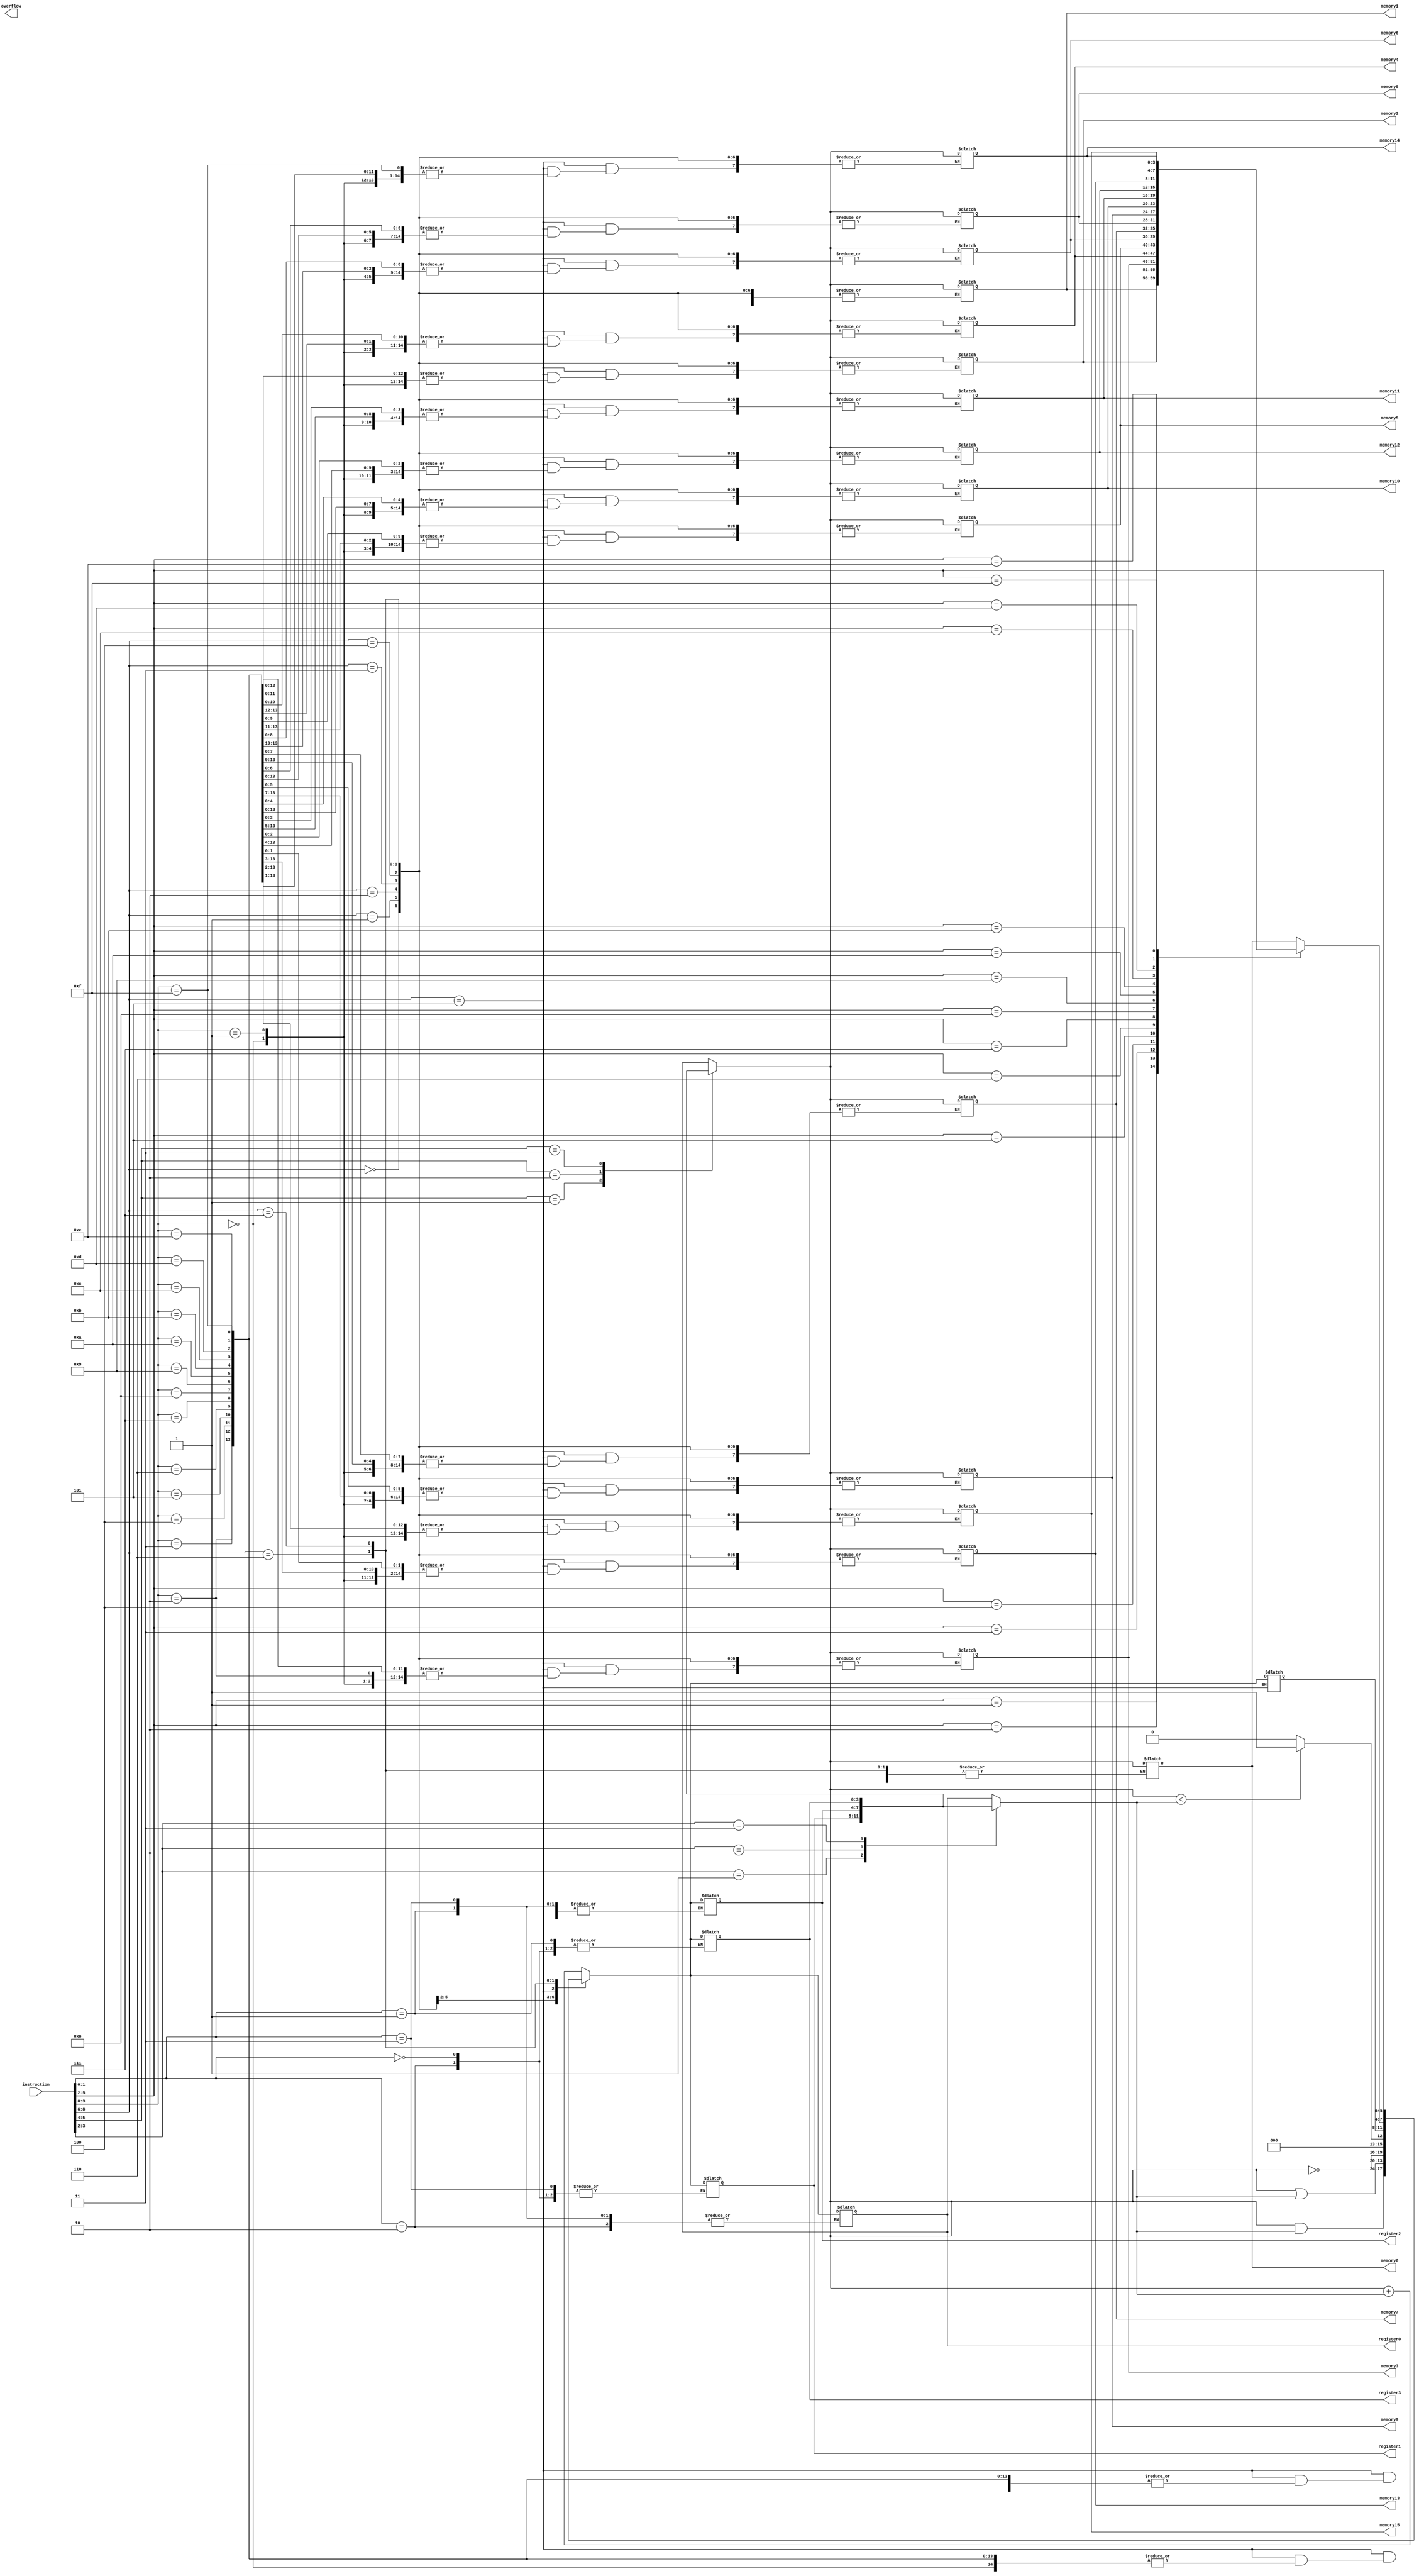
module cpu(instruction, register0, register1, register2, register3,
			memory0, memory1, memory2, memory3, memory4, memory5, memory6, memory7,
			memory8, memory9, memory10, memory11, memory12, memory13, memory14, memory15, overflow);
input [8:0] instruction;
output [3:0] register0; output [3:0] register1; output [3:0] register2; output [3:0] register3;
output [3:0] memory0; output [3:0] memory1; output [3:0] memory2; output [3:0] memory3;
output [3:0] memory4; output [3:0] memory5; output [3:0] memory6; output [3:0] memory7;
output [3:0] memory8; output [3:0] memory9; output [3:0] memory10; output [3:0] memory11;
output [3:0] memory12; output [3:0] memory13; output [3:0] memory14; output [3:0] memory15;
output overflow;

reg [3:0] register [3:0];
reg [3:0] memory [15:0];

integer i;
initial
begin
	for (i = 0; i < 4; i = i + 1)
	register [i] = 4'b0000;
	for (i = 0; i < 16; i = i + 1)
	memory[i] = 4'b0000;
end
reg [3:0] j=0;

always@(j,instruction,register[0],register[1],register[2],register[3],memory[0],memory[1]
	,memory[2],memory[3],memory[4],memory[5],memory[6],memory[7],memory[8],memory[9]
	,memory[10],memory[11],memory[12],memory[13],memory[14],memory[15])
begin
	case(instruction[8:6])//read op code
	3'b000:
	j=register[instruction[5:4]]+register[instruction[3:2]];//j=rd=rs+rd
	3'b001:
	j=register[instruction[5:4]]&register[instruction[3:2]];//j=rd=rs&rd
	3'b010:
	j=register[instruction[5:4]]|register[instruction[3:2]];//j=rd=rs|rd
	3'b011:
	j=~register[instruction[5:4]];//j=rd=~rs
	3'b100:
	if(register[instruction[5:4]]<register[instruction[3:2]])//if(rs<rt),j=rd=1
		j=1;
	else
		j=0;
	3'b101:
	memory[instruction[3:0]]=register[instruction[5:4]];//rs(store)->memory
	3'b110:
	j=memory[instruction[5:2]];//memory(load)->rd
	3'b111:
	j=instruction[5:2];//number(load)->rd
	endcase
	case(instruction[1:0])//read rd
	2'b00:register[0]=j;
	2'b01:register[1]=j;
	2'b10:register[2]=j;
	2'b11:register[3]=j;
	endcase
end



assign register0 = register[0]; assign register1 = register[1];
assign register2 = register[2]; assign register3 = register[3];
assign memory0 = memory[0]; assign memory1 = memory[1];
assign memory2 = memory[2]; assign memory3 = memory[3];
assign memory4 = memory[4]; assign memory5 = memory[5];
assign memory6 = memory[6]; assign memory7 = memory[7];
assign memory8 = memory[8]; assign memory9 = memory[9];
assign memory10 = memory[10]; assign memory11 = memory[11];
assign memory12 = memory[12]; assign memory13 = memory[13];
assign memory14 = memory[14]; assign memory15 = memory[15];

endmodule